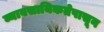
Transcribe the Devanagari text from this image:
व्यावसायिकतेपासून